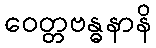
ဝေတ္တဗန္ဓနာနိ